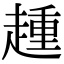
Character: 𧼩